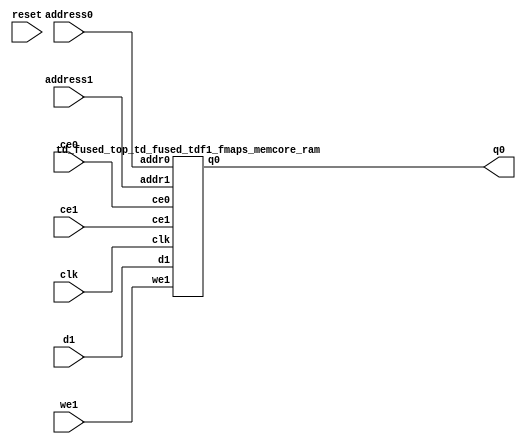
`define EXPONENT 5
`define MANTISSA 10
`define ACTUAL_MANTISSA 11
`define EXPONENT_LSB 10
`define EXPONENT_MSB 14
`define MANTISSA_LSB 0
`define MANTISSA_MSB 9
`define MANTISSA_MUL_SPLIT_LSB 3
`define MANTISSA_MUL_SPLIT_MSB 9
`define SIGN 1
`define SIGN_LOC 15
`define DWIDTH (`SIGN+`EXPONENT+`MANTISSA)
`define IEEE_COMPLIANCE 1

module td_fused_top_td_fused_tdf1_fmaps_memcore(
    reset,
    clk,
    address0,
    ce0,
    q0,
    address1,
    ce1,
    we1,
    d1);

parameter DataWidth = 32'd64;
parameter AddressRange = 32'd50176;
parameter AddressWidth = 32'd16;
input reset;
input clk;
input[AddressWidth - 1:0] address0;
input ce0;
output[DataWidth - 1:0] q0;
input[AddressWidth - 1:0] address1;
input ce1;
input we1;
input[DataWidth - 1:0] d1;



td_fused_top_td_fused_tdf1_fmaps_memcore_ram td_fused_top_td_fused_tdf1_fmaps_memcore_ram_U(
    .clk( clk ),
    .addr0( address0 ),
    .ce0( ce0 ),
    .q0( q0 ),
    .addr1( address1 ),
    .ce1( ce1 ),
    .we1( we1 ),
    .d1( d1 )
);

endmodule
module td_fused_top_td_fused_tdf1_fmaps_memcore_ram (addr0, ce0, q0, addr1, ce1, d1, we1,  clk);

parameter DWIDTH = 64;
parameter AWIDTH = 16;
parameter MEM_SIZE = 50176;

input[AWIDTH-1:0] addr0;
input ce0;
output reg[DWIDTH-1:0] q0;
input[AWIDTH-1:0] addr1;
input ce1;
input[DWIDTH-1:0] d1;
input we1;
input clk;

 reg [DWIDTH-1:0] ram[MEM_SIZE-1:0];




always @(posedge clk)  
begin 
    if (ce0) begin
        q0 <= ram[addr0];
    end
end


always @(posedge clk)  
begin 
    if (ce1) begin
        if (we1) 
            ram[addr1] <= d1; 
    end
end


endmodule